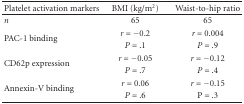
<table><thead><tr><td><b>Platelet activation markers</b></td><td><b>BMI (kg/m<sup>2</sup>)</b></td><td><b>Waist-to-hip ratio</b></td></tr></thead><tbody><tr><td><i>n</i></td><td>65</td><td>65</td></tr><tr><td rowspan="2"> PAC-1 binding</td><td><i>r</i> = −0.2 </td><td><i>r</i> = 0.004 </td></tr><tr><td><i>P</i> = .1</td><td><i>P</i> = .9</td></tr><tr><td rowspan="2">CD62p expression</td><td><i>r</i> = −0.05</td><td><i>r</i> = −0.12</td></tr><tr><td><i>P</i> = .7</td><td><i>P</i> = .4</td></tr><tr><td rowspan="2">Annexin-V binding</td><td><i>r</i> = 0.06 </td><td><i>r</i> = −0.15 </td></tr><tr><td><i>P</i> = .6</td><td><i>P</i> = .3</td></tr></tbody></table>